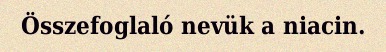
Összefoglaló nevük a niacin.